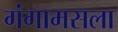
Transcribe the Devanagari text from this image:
गंगामसला